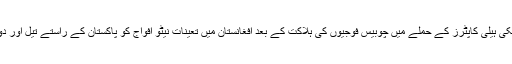
پاکستان نےسلالہ چیک پوسٹ پر امریکی ہیلی کاپٹرز کے حملے میں چوبیس فوجیوں کی ہلاکت کے بعد افغانستان میں تعینات نیٹو افواج کو پاکستان کے راستے تیل اور دوسری رسد کی فراہمی روک دی تھی۔